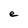
Character: e